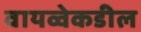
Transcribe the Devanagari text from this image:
वायव्वेकडील